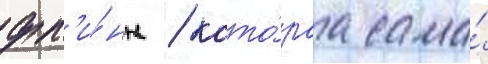
фл'и́нн / кото́раа сама́